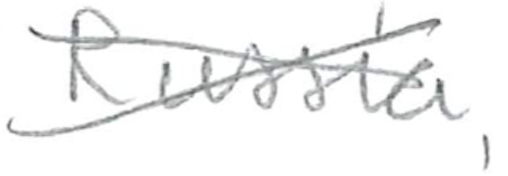
Text: Russia,
Cross-out: cross
Writing tool: pencil